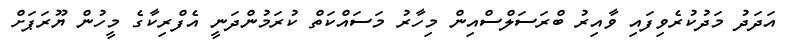
އަދަދު މަދުކުރެވިފައި ވާއިރު ބްރަސަލްސްއިން މިހާރު މަސައްކަތް ކުރަމުންދަނީ އެފްރިކާގެ މީހުން ޔޫރަޕަށް